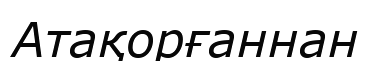
Атақорғаннан